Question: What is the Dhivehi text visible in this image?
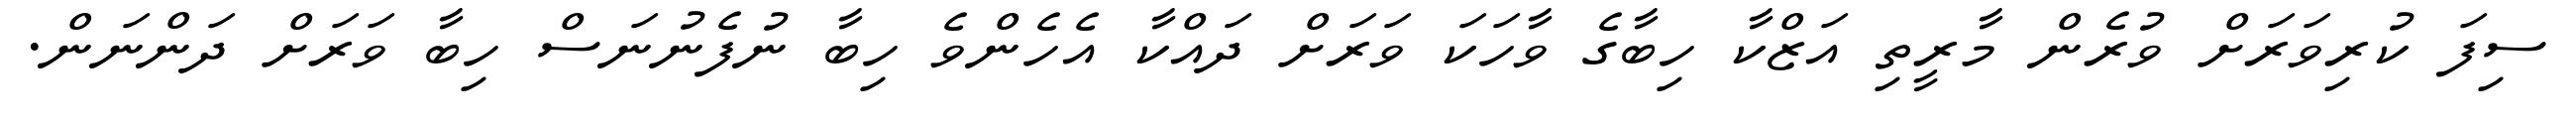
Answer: ސިފަ ކުރިވަރަށް ވުރެން މާރީތި އަޒްކާ ހިބާގެ ވާހަކަ ވަރަށް ދައްކާ އެހެންވެ ހިބާ ނުފެނުނަސް ހިބާ ވަރަށް ދަންނަން.